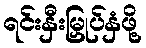
ရင်းနှီးမြှုပ်နှံဖို့